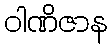
ဝါဏိဇာန